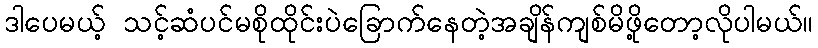
ဒါပေမယ့် သင့်ဆံပင်မစိုထိုင်းပဲခြောက်နေတဲ့အချိန်ကျစ်မိဖို့တော့လိုပါမယ်။